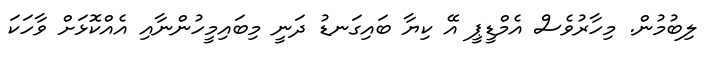
ލިބުމުން. މިހާރުވެސް އެމްޑީޕީ އޭ ކިޔާ ބައިގަނޑު ދަނީ މިބައިމީހުންނާއި އެއްކޮޅަށް ވާހަކަ